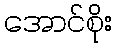
အောင်စိုး